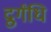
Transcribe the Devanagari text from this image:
द्रुर्गंधि